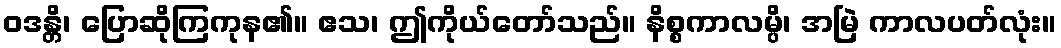
ဝဒန္တိ၊ ပြောဆိုကြကုန၏။ ဧသ၊ ဤကိုယ်တော်သည်။ နိစ္စကာလမ္ပိ၊ အမြဲ ကာလပတ်လုံး။